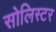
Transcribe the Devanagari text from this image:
सोलिस्टर